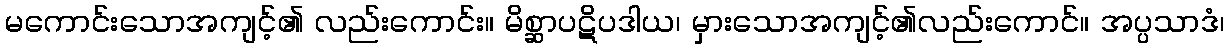
မကောင်းသောအကျင့်၏ လည်းကောင်း။ မိစ္ဆာပဋိပဒါယ၊ မှားသောအကျင့်၏လည်းကောင်။ အပ္ပသာဒံ၊